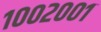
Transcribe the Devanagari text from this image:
१००२००१